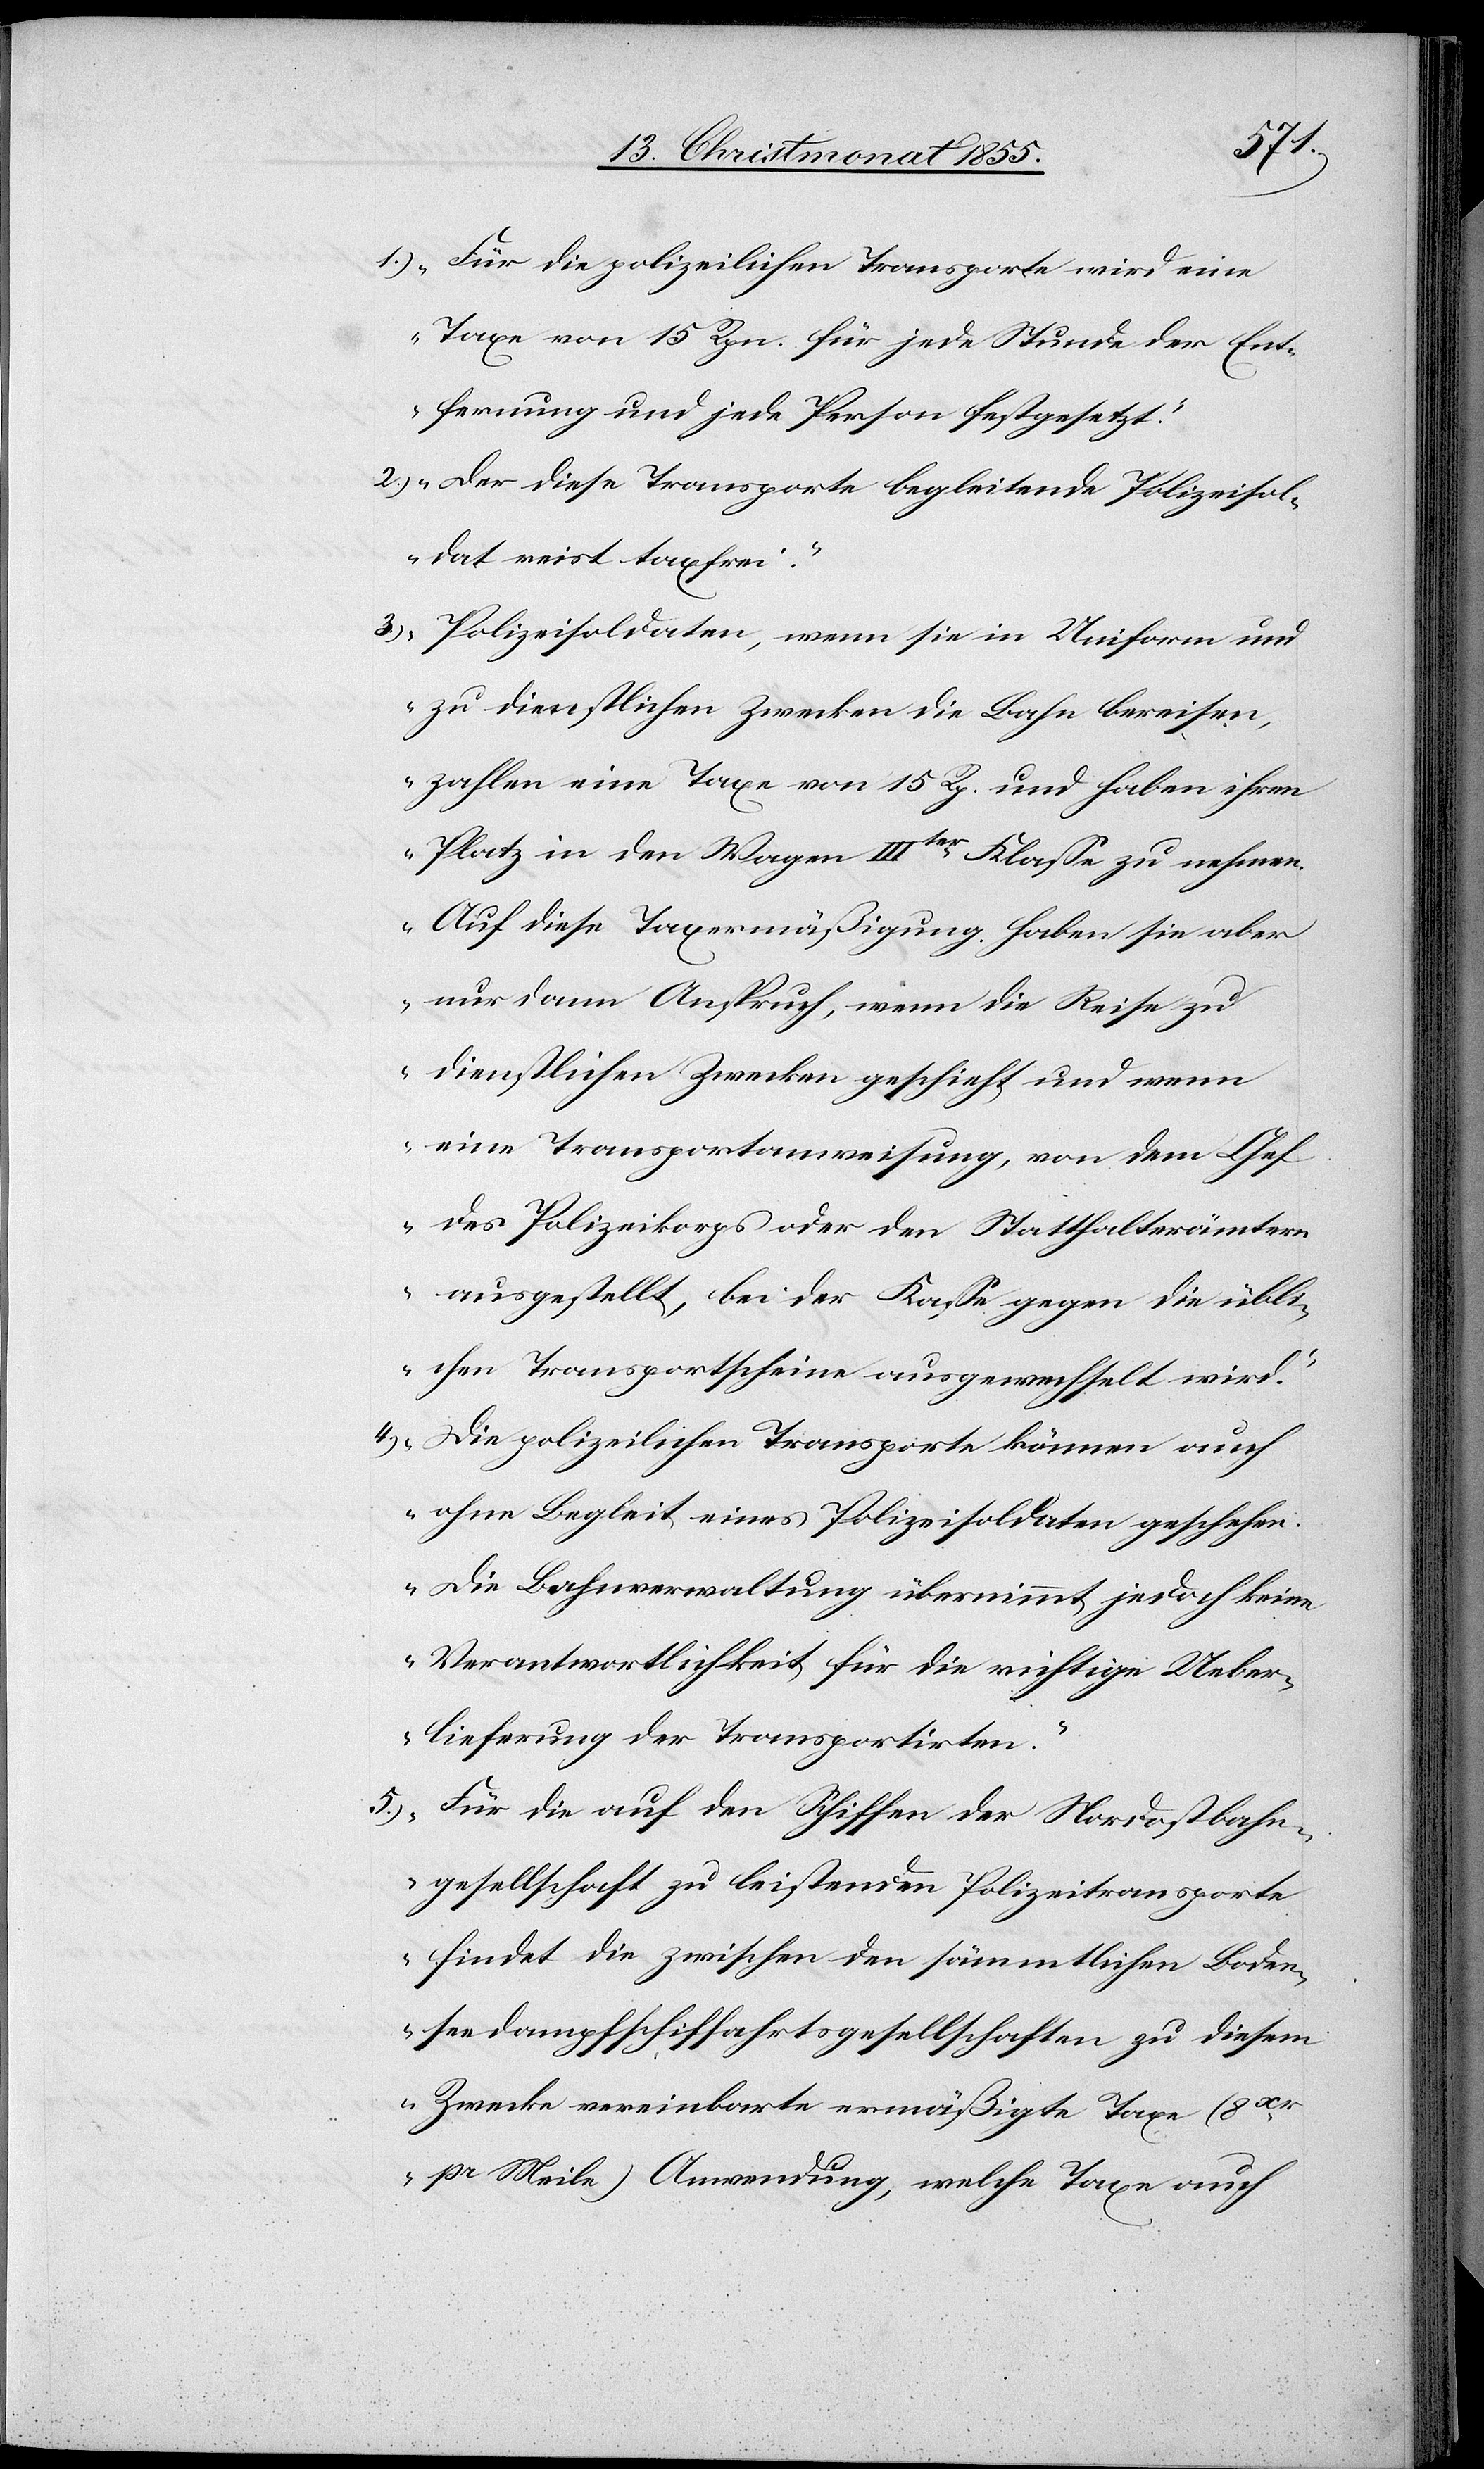
5.)
„Für die polizeilichen Transporte wird eine
Taxe von 15 Rpn. für jede Stunde der Ent¬
fernung und jede Person festgesetzt.“
„Der diese Transporte begleitende Polizeisol¬
dat reist taxfrei.“
„Polizeisoldaten, wenn sie in Uniform und
zu dienstlichen Zwecken die Bahn bereisen,
zahlen eine Taxe von 15 Rp. und haben ihren
Platz in den Wagen IIIter Klasse zu nehmen.
Auf diese Taxermäßigung haben sie aber
nur dann Anspruch, wenn die Reise zu
dienstlichen Zwecken geschieht und wenn
eine Transportanweisung, von dem Chef
des Polizeikorps oder den Statthalterämtern
ausgestellt, bei der Kasse gegen die übli¬
chen Transportscheine ausgewechselt wird.“
„Die polizeilichen Transporte können auch
ohne Begleit eines Polizeisoldaten geschehen.
Die Bahnverwaltung übernimmt jedoch keine
Verantwortlichkeit für die richtige Ueber¬
lieferung der Transportirten.“
„Für die auf den Schiffen der Nordostbahn¬
gesellschaft zu leistenden Polizeitransporte
findet die zwischen den sämmtlichen Boden¬
seedampfschiffahrtsgesellschaften zu diesem
Zwecke vereinbarte ermäßigte Taxe (8xr
pr Meile) Anwendung, welche Taxe auch